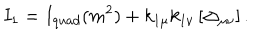
LaTeX: I _ { 1 } = I _ { q u a d } ( m ^ { 2 } ) + k _ { 1 \mu } k _ { 1 \nu } \left[ \Delta _ { \mu \nu } \right] .